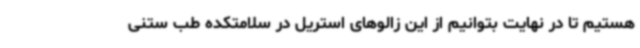
هستیم تا در نهایت بتوانیم از این زالوهای استریل در سلامتکده طب ستنی